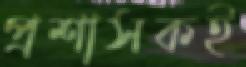
প্রশাসকই